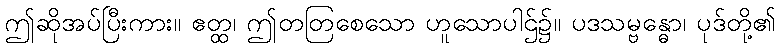
ဤဆိုအပ်ပြီးကား။ ဧတ္ထ၊ ဤတတြစေသော ဟူသောပါဌ်၌။ ပဒသမ္ဗန္ဓော၊ ပုဒ်တို့၏